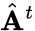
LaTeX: \hat{\mathbf{A}}^{t}